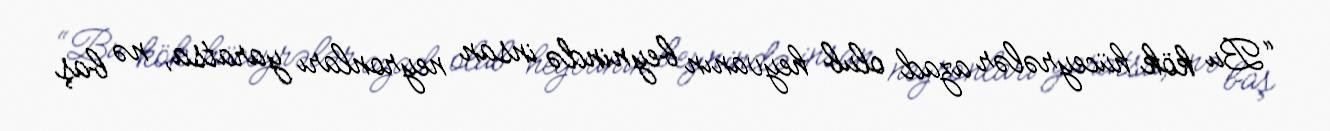
“Bu kök hüceyrələr azad olub heyvanın beynində insan neyronları yaratsa, nə baş